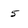
Character: 5